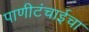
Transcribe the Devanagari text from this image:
पाणीटंचाईचा